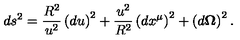
d s ^ { 2 } = \frac { R ^ { 2 } } { u ^ { 2 } } \left( d u \right) ^ { 2 } + \frac { u ^ { 2 } } { R ^ { 2 } } \left( d x ^ { \mu } \right) ^ { 2 } + \left( d { \bf \Omega } \right) ^ { 2 } .